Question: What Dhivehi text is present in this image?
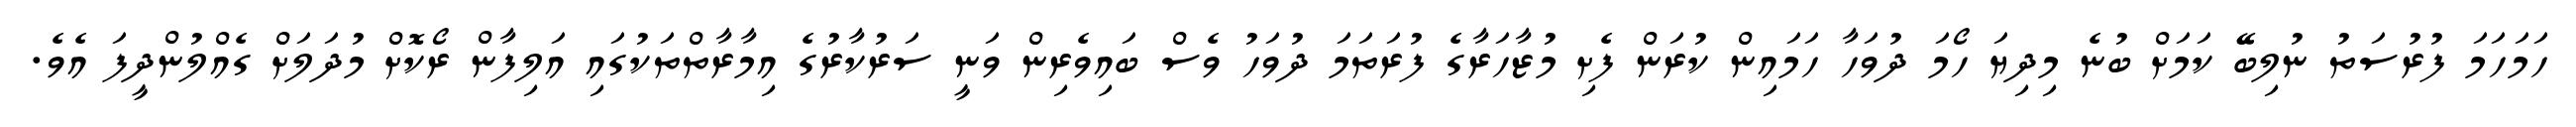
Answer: ހަމަހަމަ ފުރުސަތު ނުލިބޭ ކަމަށް ބުނެ މިދިޔަ ހޯމަ ދުވަހާ ހަމައިން ކުރަން ފެށި މުޒާހަރާގެ ފުރަތަމަ ދުވަހު ވެސް ބައިވެރިން ވަނީ ސަރުކާރުގެ އިމާރާތްތަކުގައި އަލިފާން ރޯކޮށް މުދަލަށް ގެއްލުންދީފަ އެވެ.